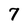
Character: 7